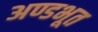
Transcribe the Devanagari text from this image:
अण्डभूत